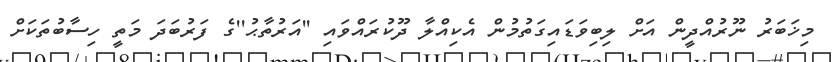
މިޚަބަރު ނޫރުއްދީން އަށް ލިބިވަޑައިގަތުމުން އެކިއްލާ ދޫކުރައްވައި ''އަރުތާޙު''ގެ ފަރުބަދަ މަތީ ހިސާބުތަކަށް